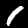
Digit: 1